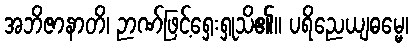
အဘိဇာနာတိ၊ ဉာဏ်ဖြင့်ရှေးရှုသိ၏။ ပရိညေယျဓမ္မေ၊